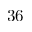
3 6